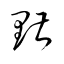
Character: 黮